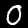
Digit: 0